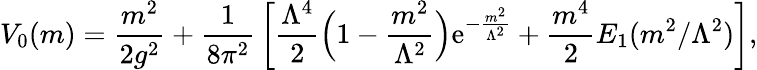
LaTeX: V_{0}(m)={\frac{m^{2}}{2g^{2}}}+{\frac{1}{8\pi^{2}}}\left[{\frac{\Lambda^{4}}{2}}\Bigl(1-{\frac{m^{2}}{\Lambda^{2}}}\Bigr){\mathrm{e}}^{-{\frac{m^{2}}{\Lambda^{2}}}}+{\frac{m^{4}}{2}}E_{1}({m^{2}/\Lambda^{2}})\right],